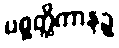
ပစ္စတ္ထိကာနဉ္စ